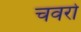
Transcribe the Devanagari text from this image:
चवरो